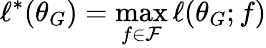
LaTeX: \ell^{*}(\theta_{G})=\operatorname*{max}_{f\in\mathcal{F}}\ell(\theta_{G};f)